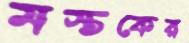
মস্তকের